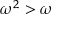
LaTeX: \omega ^ { 2 } > \omega